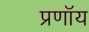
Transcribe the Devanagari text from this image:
प्रणॉय